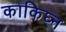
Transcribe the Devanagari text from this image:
काकिघ्न